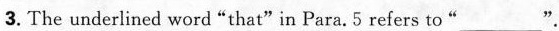
3. The underlined word "that" in Para. 5 refers to"___".